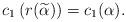
LaTeX: \begin{align*}c_1\left(r(\widetilde{\alpha})\right) =c_1(\alpha).\end{align*}